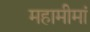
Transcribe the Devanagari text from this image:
महामीमां